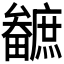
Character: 𤳼